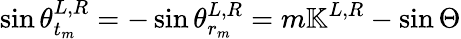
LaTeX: \sin\theta_{t_{m}}^{L,R}=-\sin\theta_{r_{m}}^{L,R}=m\mathbb{K}^{L,R}-\sin\Theta